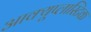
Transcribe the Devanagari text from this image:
आक्यूप्लास्टिक